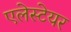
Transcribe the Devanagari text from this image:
एलेस्टेयर